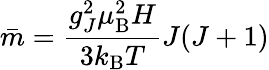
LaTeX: {\bar{m}}={\frac{g_{J}^{2}\mu_{\mathrm{B}}^{2}H}{3k_{\mathrm{B}}T}}J(J+1)